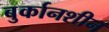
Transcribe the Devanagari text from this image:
बुर्कानशीन